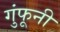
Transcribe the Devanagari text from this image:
गुंफूनी